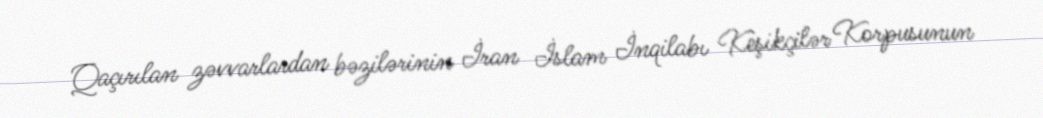
Qaçırılan zəvvarlardan bəzilərinin İran İslam İnqilabı Keşikçilər Korpusunun